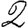
Digit: 2